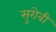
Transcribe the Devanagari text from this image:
सुरोवी